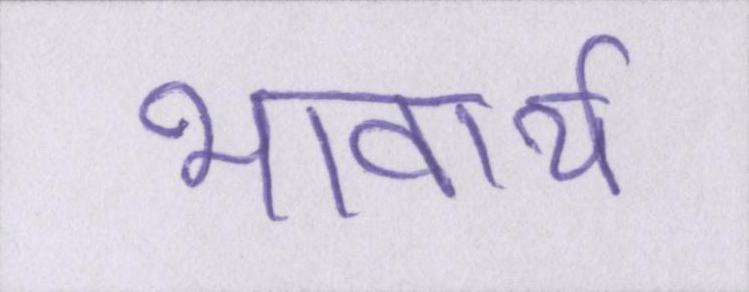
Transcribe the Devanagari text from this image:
भावार्थ